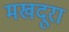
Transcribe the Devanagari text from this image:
मखदूरा